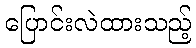
ပြောင်းလဲထားသည့်